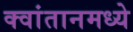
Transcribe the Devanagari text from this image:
क्वांतानमध्ये